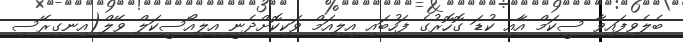
ބެލެވިފައިވާ ސީކަމް އާއި ކުޑަ ގޮހޮރުގެ ފަހުބައި އިލިއަމް ވަކިކޮށްދެނީ އިލިއޯސީކަލް ވޭލް(އިނގިރޭސި